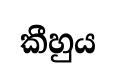
කීහුය